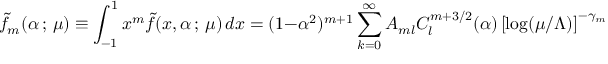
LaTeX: \tilde { f } _ { m } ( \alpha \, ; \, \mu ) \equiv \int _ { - 1 } ^ { 1 } x ^ { m } \tilde { f } ( x , \alpha \, ; \, \mu ) \, d x = ( 1 - \alpha ^ { 2 } ) ^ { m + 1 } \sum _ { k = 0 } ^ { \infty } A _ { m l } C _ { l } ^ { m + 3 / 2 } ( \alpha ) \left[ \log ( \mu / \Lambda ) \right] ^ { - \gamma _ { m + l } / \beta _ { 0 } } \, ,